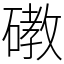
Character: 䃝